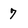
Character: 7